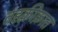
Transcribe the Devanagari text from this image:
तहक़ीक़ात